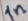
Text: In